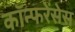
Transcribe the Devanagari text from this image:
कॉन्फरेंसेस